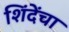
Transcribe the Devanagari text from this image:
शिंदेंचा